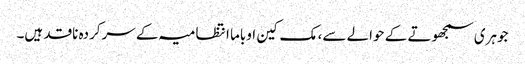
جوہری سمجھوتے کے حوالے سے، مک کین اوباما انتظامیہ کے سرکردہ ناقد ہیں۔